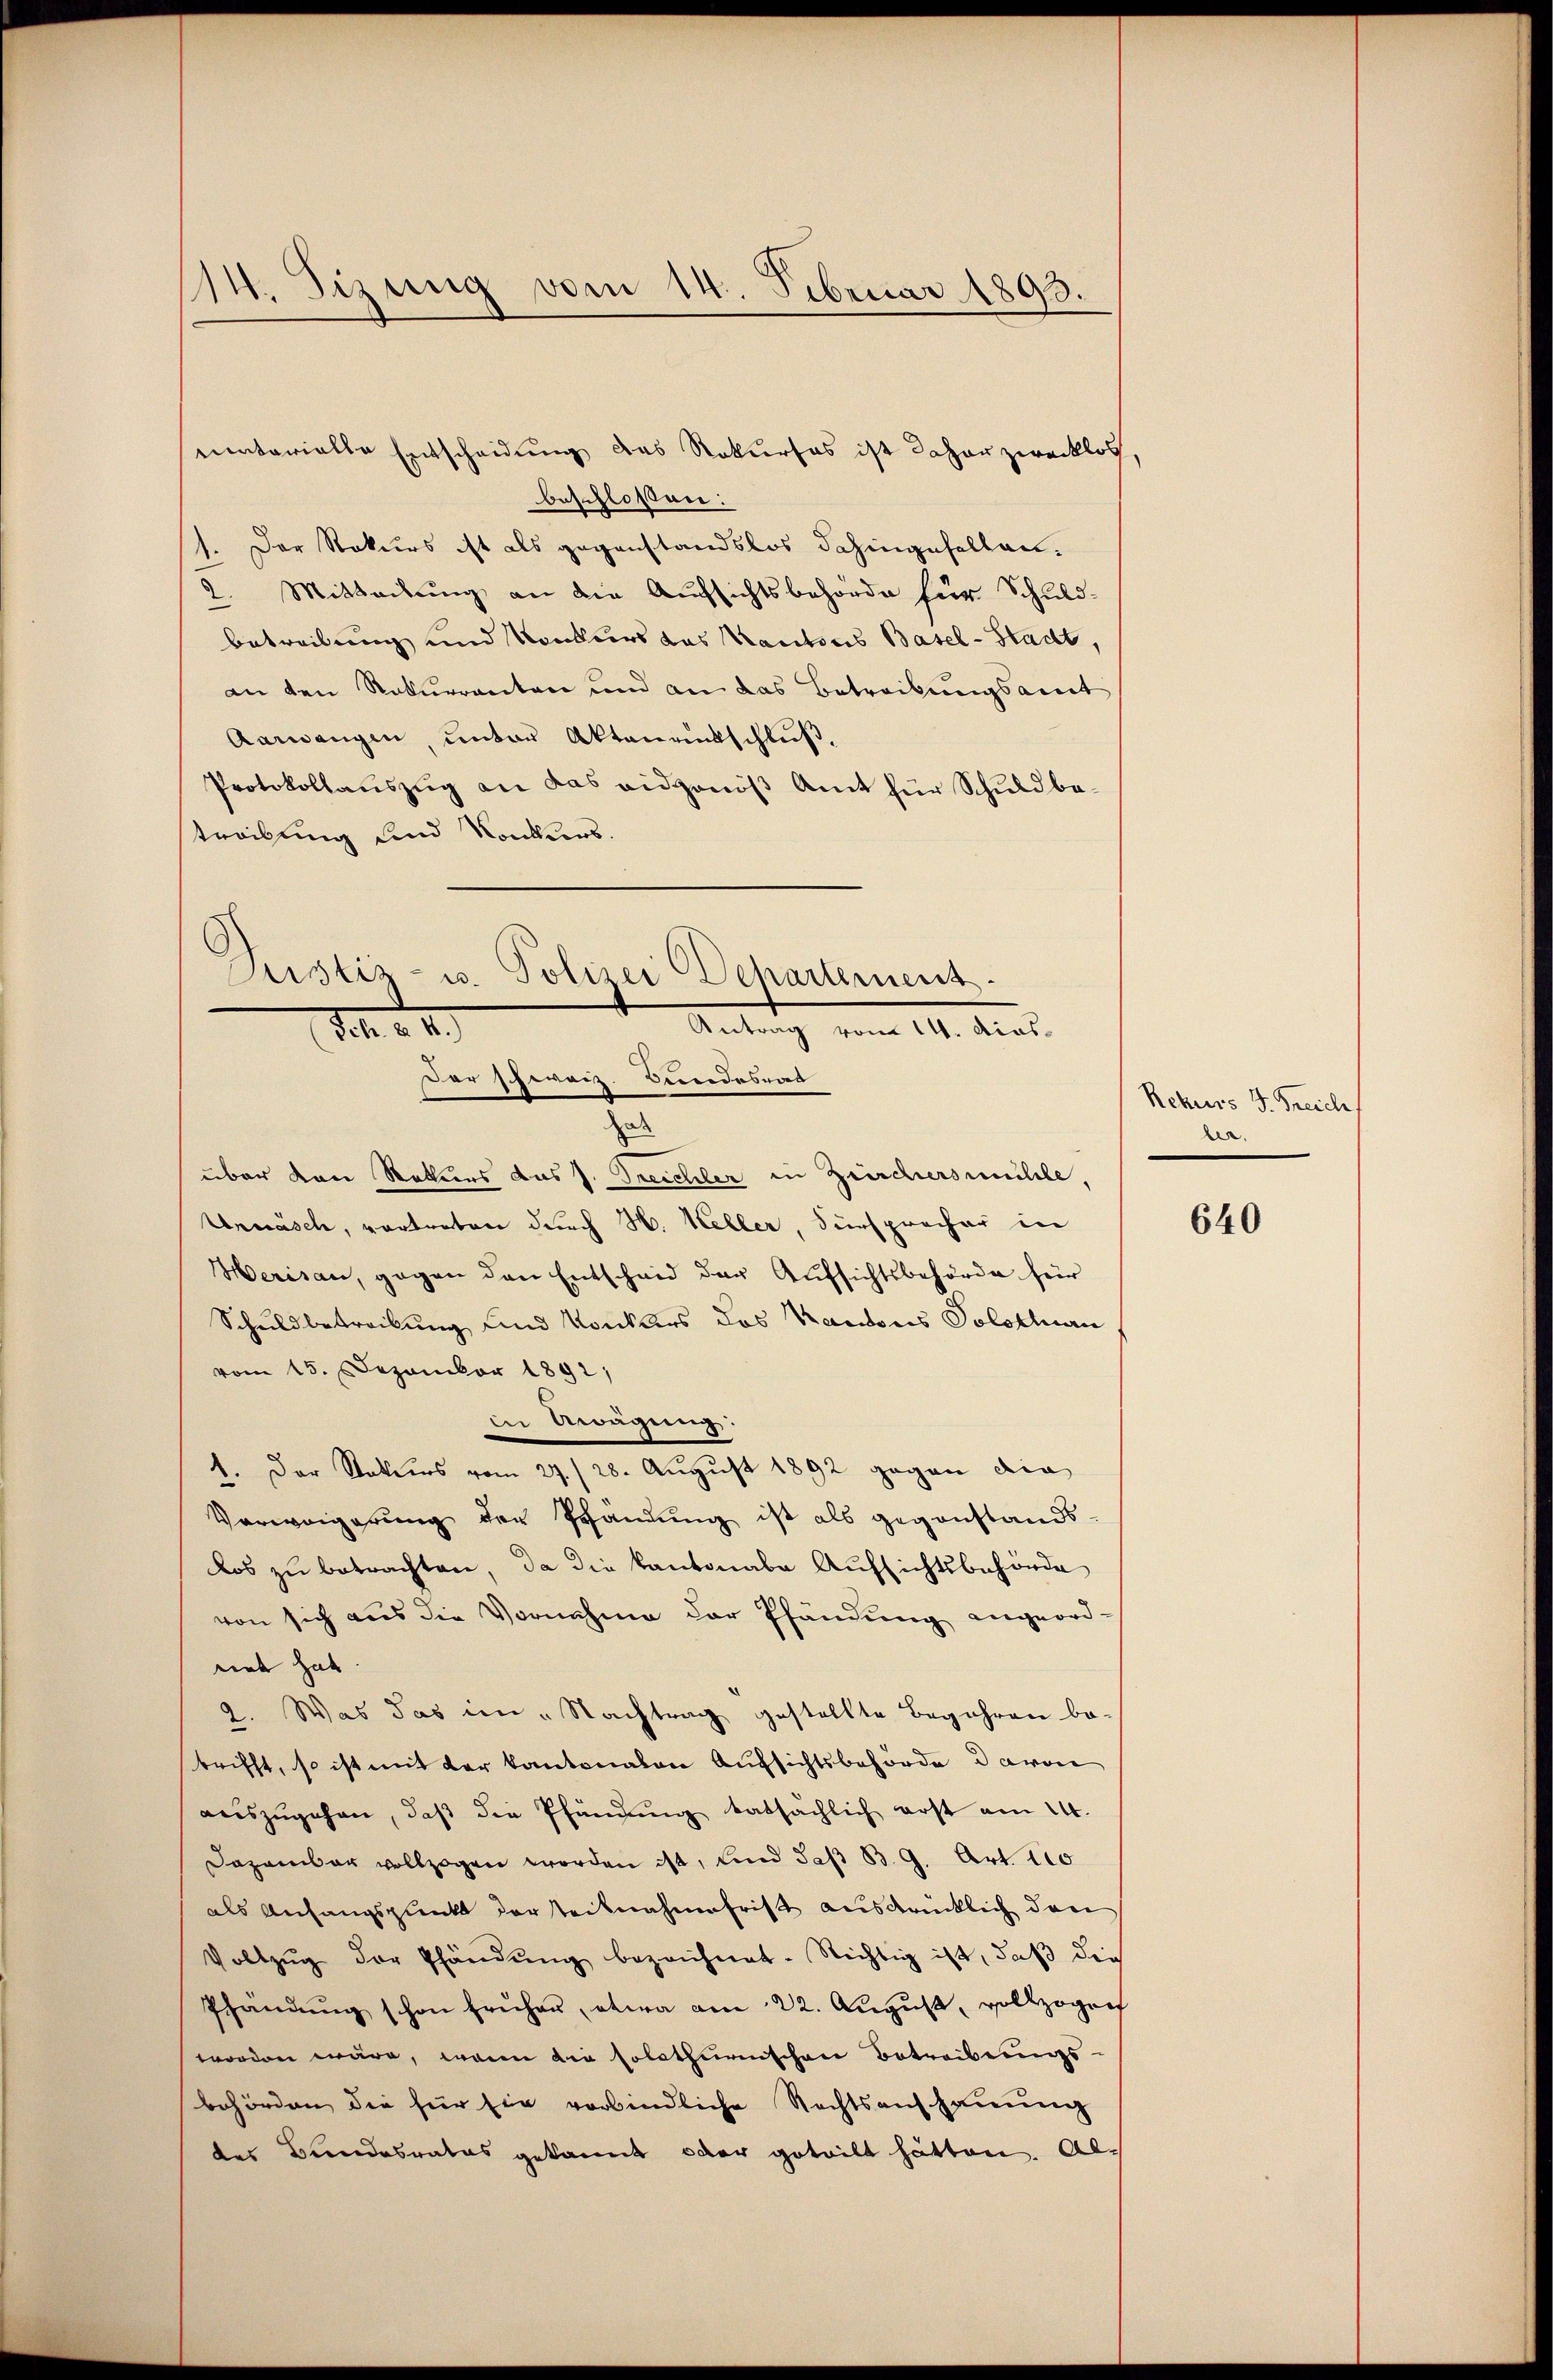
14. Sizung vom 14. Februar 1893.

entarielle Entscheidung das Rekurses ist daher zwecklos
beschloßen:
1. Der Rekurs ist als gegenstandslos dahingesellan¬
2. Mitteilung an die Aufsichtsbehörde für Schuldbetreibung und Konkurs das Kantons Basel-Stadt,
an den Naturrenten und an das Betreibungsamt
Aarwangen, unter Aktenrückschluß,
Protokollaŭszŭg an das eidgenöβ Amt für Schuldbe-
treibung und Konkurs.

Justiz- u. Polizei (Departement.
v III. Mil
S. d
Der schweiz. Bundesrat
ad

über von Rekurs das J. Treichler in Zürchersmühle,
Urnasch, vortreten durch H. Keller, Fürsprocher in
Herisau, gegen den Entscheid der Aufsichtsbehörde für
Schuldbetreibung und Konkurs des Kantons Polstlan
vom 15. Dezember 1892/
in Awägung:
1. Der Vaters vom 27./28. August 1892 gegen die
Verweigerung der Prandŭng ist als gegenstands-
los zu betrachten, da die Kantonale Aufsichtsbehörde
von sich aus die Vornahme der Pfändung angeord-
rieb hab
2. Was das im „Nachtrag gestellte Begehren be-
brifft, so ist mit der Kantonalen Aufsichtsbehörde davon
auszugehen, daß die Pfändung tatsächlich erst am 24.
Dazambar vollzogen worden ist, und daß B. G. Art. 110
als Anfangspunkt der teilnahme frist ausdrücklich den
Vollzŭg der Phändŭng bezeichnet. Nichtig ist, daß die
Phändŭng schon früher, etwa am 22. August, vollzogen
worden wäre, waren die solothurnischen Betreibungs-
behörden die für sie verbindliche Rechtsanschauung
des Bundesrates gekannt oder geteilt hätten. Al¬

Rekurs J. Treich
.

640